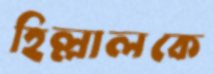
হিল্লালকে